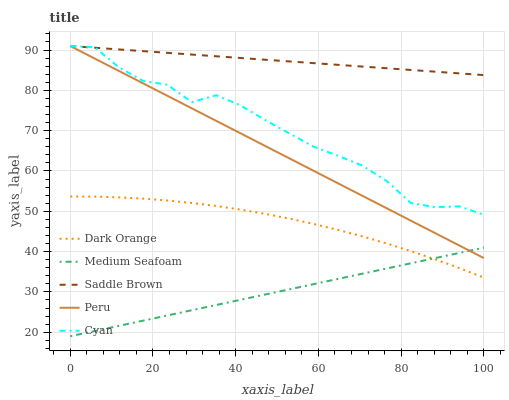
| xaxis_label | Dark Orange | Medium Seafoam | Saddle Brown | Peru | Cyan |
 | --- | --- | --- | --- | --- | --- |
 | 0 | 53.7 | 19 | 91 | 91 | 91 |
 | 5.88 | 53.6 | 20.3 | 90.6 | 87.9 | 90.7 |
 | 11.8 | 53.5 | 21.6 | 90.2 | 84.8 | 85.7 |
 | 17.6 | 53.1 | 22.9 | 89.7 | 81.7 | 82.3 |
 | 23.5 | 52.7 | 24.2 | 89.3 | 78.6 | 81.4 |
 | 29.4 | 52.1 | 25.5 | 88.9 | 75.5 | 77.1 |
 | 35.3 | 51.3 | 26.8 | 88.5 | 72.4 | 78.8 |
 | 41.2 | 50.4 | 28 | 88 | 69.3 | 76.3 |
 | 47.1 | 49.4 | 29.3 | 87.6 | 66.2 | 72.7 |
 | 52.9 | 48.2 | 30.6 | 87.2 | 63.1 | 69.3 |
 | 58.8 | 46.9 | 31.9 | 86.8 | 60.1 | 66 |
 | 64.7 | 45.4 | 33.2 | 86.3 | 57 | 63.8 |
 | 70.6 | 43.8 | 34.5 | 85.9 | 53.9 | 61.3 |
 | 76.5 | 42 | 35.8 | 85.5 | 50.8 | 57.5 |
 | 82.4 | 40.1 | 37.1 | 85.1 | 47.7 | 52.1 |
 | 88.2 | 38.1 | 38.4 | 84.6 | 44.6 | 51 |
 | 94.1 | 35.9 | 39.7 | 84.2 | 41.5 | 51.2 |
 | 100 | 33.6 | 41 | 83.8 | 38.4 | 49.1 |